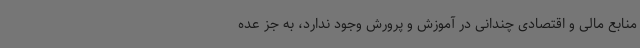
منابع مالی و اقتصادی چندانی در آموزش و پرورش وجود ندارد، به جز عده